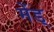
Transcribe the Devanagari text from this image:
मेंड्